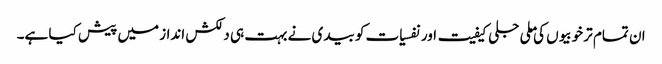
ان تمام تر خوبیوں کی ملی جلی کیفیت اور نفسیات کو بیدی نے بہت ہی دلکش انداز میں پیش کیا ہے۔